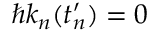
\hbar k _ { n } ( t _ { n } ^ { \prime } ) = 0